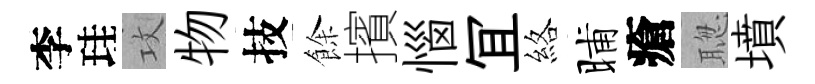
李珪攻物技餘擯惱冝絡晡瘡聦墳